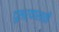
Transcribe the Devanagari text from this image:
दुसऱ्यासाठी